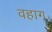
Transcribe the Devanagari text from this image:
वहाग